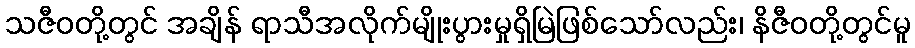
သဇီဝတို့တွင် အချိန် ရာသီအလိုက်မျိုးပွားမှုရှိမြဲဖြစ်သော်လည်း၊ နိဇီဝတို့တွင်မူ